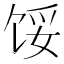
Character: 馁